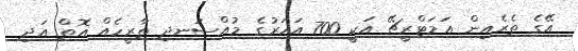
އޭގެ ތެރެއިން އަމަޓްރީޗޭ އަކީ 700 އަހަރުގެ މުއްސަނދި ތާރީހެއް އޮތް އަދި